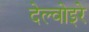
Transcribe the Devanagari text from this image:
देल्वोइरे